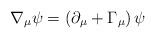
LaTeX: \begin{align*}\nabla_\mu\psi=(\partial_\mu+\Gamma_\mu)\,\psi\end{align*}